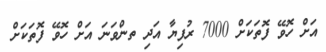
އަށް ހޮވޭ ފޮތަކަށް 7000 ރުފިޔާ އަދި ތންވަނަ އަށް ހޮވޭ ފޮތަކަށް